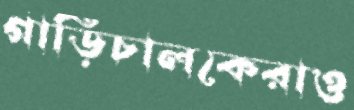
গাড়িচালকেরাও